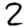
Digit: 2